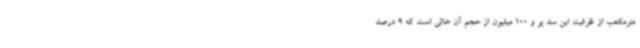
مترمکعب از ظرفیت این سد پر و 100 میلیون از حجم آن خالی است که 9 درصد